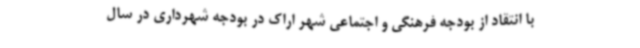
با انتقاد از بودجه فرهنگی و اجتماعی شهر اراک در بودجه شهرداری در سال